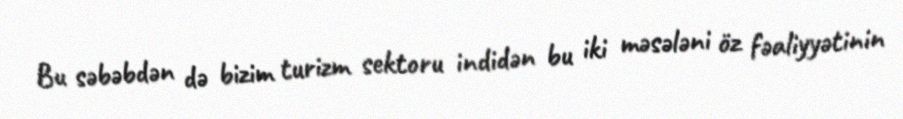
Bu səbəbdən də bizim turizm sektoru indidən bu iki məsələni öz fəaliyyətinin